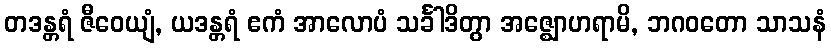
တဒန္တရံ ဇီဝေယျံ, ယဒန္တရံ ဧကံ အာလောပံ သင်္ခါဒိတွာ အဇ္ဈောဟရာမိ, ဘဂဝတော သာသနံ